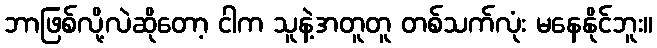
ဘာဖြစ်လို့လဲဆိုတော့ ငါက သူနဲ့အတူတူ တစ်သက်လုံး မနေနိုင်ဘူး။